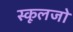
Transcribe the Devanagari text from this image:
स्कूलजो